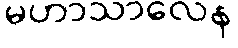
မဟာသာလေန